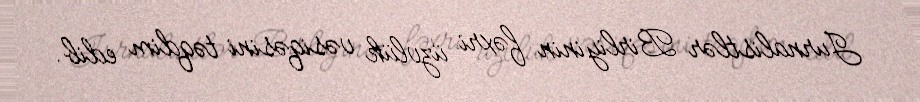
Jurnalistlər Birliyinin fəxri üzvlük vəsiqəsini təqdim edib.